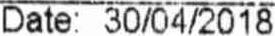
DATE: 30/04/2018